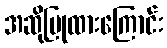
အဆိုပြုထားကြောင်း